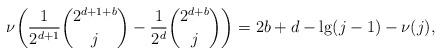
LaTeX: \begin{align*}\nu\biggl(\frac1{2^{d+1}}\binom{2^{d+1+b}}j-\frac1{2^d}\binom{2^{d+b}}j\biggr)=2b+d-\lg(j-1)-\nu(j),\end{align*}